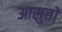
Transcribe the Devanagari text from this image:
आसुतों